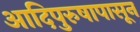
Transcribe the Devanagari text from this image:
आदिपुरुषापासून